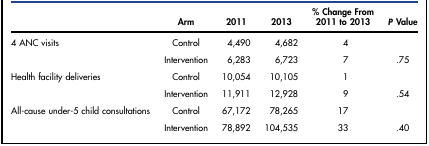
<table><thead><tr><td></td><td><b>Arm</b></td><td><b>2011</b></td><td><b>2013</b></td><td><b>% Change From 2011 to 2013</b></td><td><b><i>P</i> Value</b></td></tr></thead><tbody><tr><td>4 ANC visits</td><td>Control</td><td>4,490</td><td>4,682</td><td>4</td><td></td></tr><tr><td></td><td>Intervention</td><td>6,283</td><td>6,723</td><td>7</td><td>.75</td></tr><tr><td>Health facility deliveries</td><td>Control</td><td>10,054</td><td>10,105</td><td>1</td><td></td></tr><tr><td></td><td>Intervention</td><td>11,911</td><td>12,928</td><td>9</td><td>.54</td></tr><tr><td>All-cause under-5 child consultations</td><td>Control</td><td>67,172</td><td>78,265</td><td>17</td><td></td></tr><tr><td></td><td>Intervention</td><td>78,892</td><td>104,535</td><td>33</td><td>.40</td></tr></tbody></table>